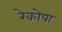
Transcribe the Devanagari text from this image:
रेकोपा